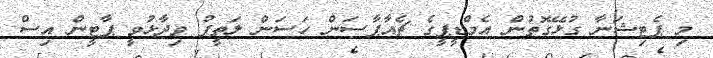
މި ޕެޓިޝަނާ ގުޅޭގޮތުން އެމްޑީޕީގެ ޗެއާޕާސަން ހަސަން ލަތީފު ވިދާޅުވީ ޕާޓީން އިސް